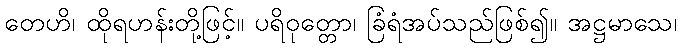
တေဟိ၊ ထိုရဟန်းတို့ဖြင့်။ ပရိဝုတ္တော၊ ခြံရံအပ်သည်ဖြစ်၍။ အဋ္ဌမာသေ၊